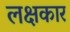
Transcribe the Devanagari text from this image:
लक्षकार